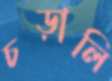
চড়ালি